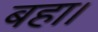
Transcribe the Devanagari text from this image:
बहा।